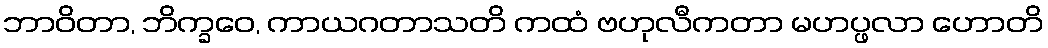
ဘာဝိတာ, ဘိက္ခဝေ, ကာယဂတာသတိ ကထံ ဗဟုလီကတာ မဟပ္ဖလာ ဟောတိ